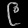
Digit: ၉